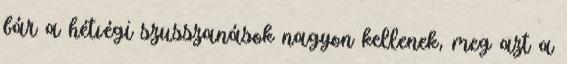
bár a hétvégi szusszanások nagyon kellenek, meg azt a